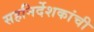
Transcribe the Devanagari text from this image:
सहनिर्देशकांची